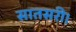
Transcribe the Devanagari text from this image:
सातसरी।